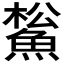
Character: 𩸝